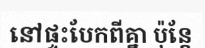
នៅផ្ទះបែកពីគ្នា ប៉ុន្តែ